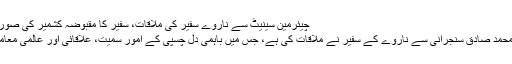
چیئرمین سینیٹ سے ناروے سفیر کی ملاقات، سفیر کا مقبوضہ کشمیر کی صورت حال پر اظہار تشویش -
اسلام آباد: چیئرمین سینیٹ محمد صادق سنجرانی سے ناروے کے سفیر نے ملاقات کی ہے، جس میں باہمی دل چسپی کے امور سمیت، علاقائی اور عالمی معاملات پر تبادلہ خیال کیا گیا۔